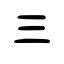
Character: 三